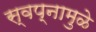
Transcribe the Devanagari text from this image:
स्वप्नामुळे